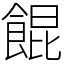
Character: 餛